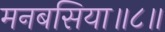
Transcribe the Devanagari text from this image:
मनबसिया॥८॥